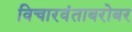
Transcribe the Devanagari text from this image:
विचारवंताबरोबर